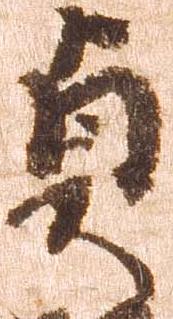
貞